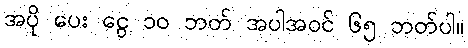
အပို ပေး ငွေ ၁၀ ဘတ် အပါအဝင် ၆၅ ဘတ်ပါ။